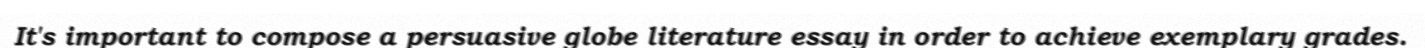
It's important to compose a persuasive globe literature essay in order to achieve exemplary grades.